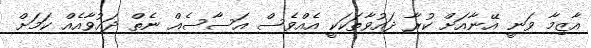
އާޒިމާ ވަނީ އޭނާއަށް ކުރާ ދައުވާތަކަކީ އެއްވެސް އަސާސެއް ނެތް ދައުވާއެއް ކަމަށް